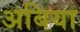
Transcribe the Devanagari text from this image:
अबिया